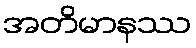
အတိမာနဿ